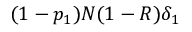
( 1 - p _ { 1 } ) N ( 1 - R ) \delta _ { 1 }